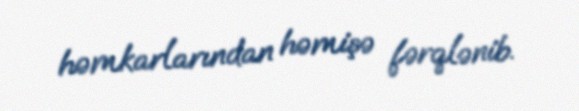
həmkarlarından həmişə fərqlənib.